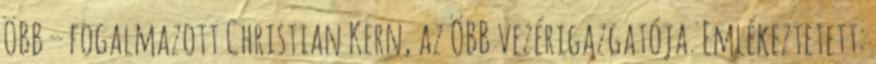
ÖBB – fogalmazott Christian Kern, az ÖBB vezérigazgatója. Emlékeztetett: